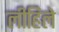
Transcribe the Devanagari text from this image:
लीहिले